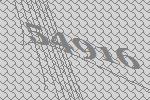
54916